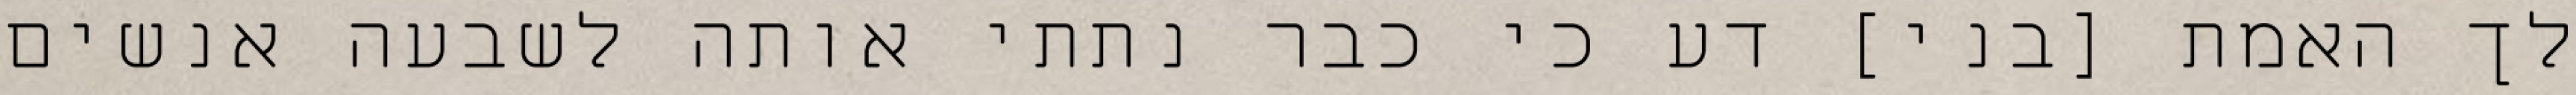
לך האמת [בני] דע כי כבר נתתי אותה לשבעה אנשים